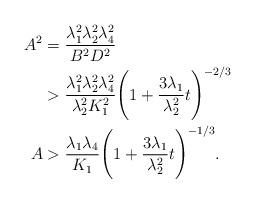
LaTeX: \begin{align*}A^2&=\frac{\lambda_1^2\lambda_2^2\lambda_4^2}{B^2D^2}\\&>\frac{\lambda_1^2\lambda_2^2\lambda_4^2}{\lambda_2^2K_1^2}\Bigg(1+\frac{3\lambda_1}{\lambda_2^2}t\Bigg)^{-2/3}\\A&>\frac{\lambda_1\lambda_4}{K_1}\Bigg(1+\frac{3\lambda_1}{\lambda_2^2}t\Bigg)^{-1/3}.\end{align*}